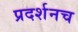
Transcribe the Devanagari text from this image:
प्रदर्शनच